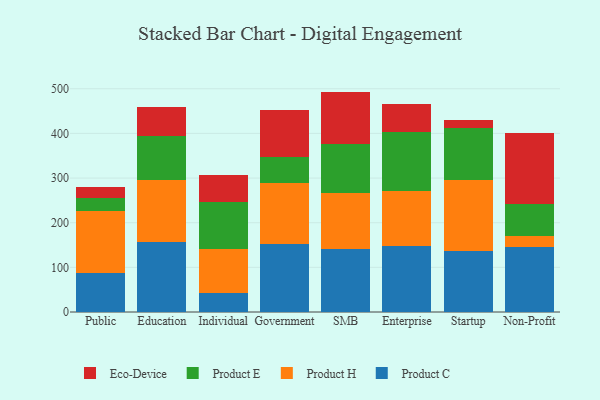
{"axis": {"x": "Segment", "y": "Shipments"}, "legend": ["Eco-Device", "Product C", "Product E", "Product H"], "data": [{"x": "Public", "y": 87.7, "type": "Product C"}, {"x": "Public", "y": 137.7, "type": "Product H"}, {"x": "Public", "y": 30.9, "type": "Product E"}, {"x": "Public", "y": 22.6, "type": "Eco-Device"}, {"x": "Education", "y": 156.1, "type": "Product C"}, {"x": "Education", "y": 139.9, "type": "Product H"}, {"x": "Education", "y": 98.7, "type": "Product E"}, {"x": "Education", "y": 65.4, "type": "Eco-Device"}, {"x": "Individual", "y": 42.0, "type": "Product C"}, {"x": "Individual", "y": 99.0, "type": "Product H"}, {"x": "Individual", "y": 106.3, "type": "Product E"}, {"x": "Individual", "y": 59.4, "type": "Eco-Device"}, {"x": "Government", "y": 152.1, "type": "Product C"}, {"x": "Government", "y": 137.0, "type": "Product H"}, {"x": "Government", "y": 58.1, "type": "Product E"}, {"x": "Government", "y": 106.1, "type": "Eco-Device"}, {"x": "SMB", "y": 141.2, "type": "Product C"}, {"x": "SMB", "y": 124.7, "type": "Product H"}, {"x": "SMB", "y": 111.4, "type": "Product E"}, {"x": "SMB", "y": 116.3, "type": "Eco-Device"}, {"x": "Enterprise", "y": 147.4, "type": "Product C"}, {"x": "Enterprise", "y": 123.6, "type": "Product H"}, {"x": "Enterprise", "y": 132.4, "type": "Product E"}, {"x": "Enterprise", "y": 63.0, "type": "Eco-Device"}, {"x": "Startup", "y": 135.9, "type": "Product C"}, {"x": "Startup", "y": 160.7, "type": "Product H"}, {"x": "Startup", "y": 116.4, "type": "Product E"}, {"x": "Startup", "y": 17.4, "type": "Eco-Device"}, {"x": "Non-Profit", "y": 145.3, "type": "Product C"}, {"x": "Non-Profit", "y": 24.8, "type": "Product H"}, {"x": "Non-Profit", "y": 71.6, "type": "Product E"}, {"x": "Non-Profit", "y": 159.1, "type": "Eco-Device"}]}